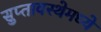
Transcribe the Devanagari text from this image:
सुप्‍तावस्थेमध्ये